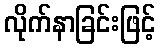
လိုက်နာခြင်းဖြင့်